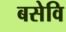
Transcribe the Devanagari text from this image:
बसेवि